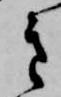
き